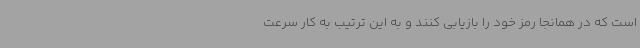
است که در همانجا رمز خود را بازیابی کنند و به این ترتیب به کار سرعت